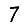
Digit: 7